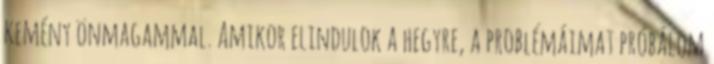
kemény önmagammal. Amikor elindulok a hegyre, a problémáimat próbálom